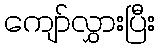
ကျော်လွှားပြီး